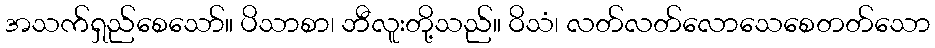
အသက်ရှည်စေသော်။ ပိသာစာ၊ ဘီလူးတို့သည်။ ဝိသံ၊ လတ်လတ်လောသေစေတတ်သော